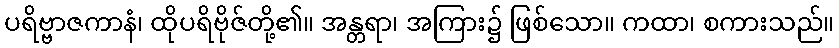
ပရိဗ္ဗာဇကာနံ၊ ထိုပရိဗိုဇ်တို့၏။ အန္တရာ၊ အကြား၌ ဖြစ်သော။ ကထာ၊ စကားသည်။